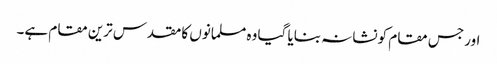
اور جس مقام کو نشانہ بنایا گیا وہ مسلمانوں کا مقدس ترین مقام ہے۔